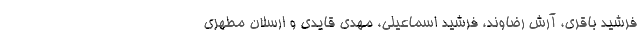
فرشید باقری، آرش رضاوند، فرشید اسماعیلی، مهدی قایدی و ارسلان مطهری